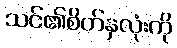
သင်၏စိတ်နှလုံးကို